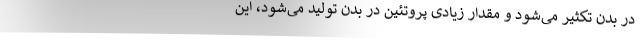
در بدن تکثیر می‌شود و مقدار زیادی پروتئین در بدن تولید می‌شود، این